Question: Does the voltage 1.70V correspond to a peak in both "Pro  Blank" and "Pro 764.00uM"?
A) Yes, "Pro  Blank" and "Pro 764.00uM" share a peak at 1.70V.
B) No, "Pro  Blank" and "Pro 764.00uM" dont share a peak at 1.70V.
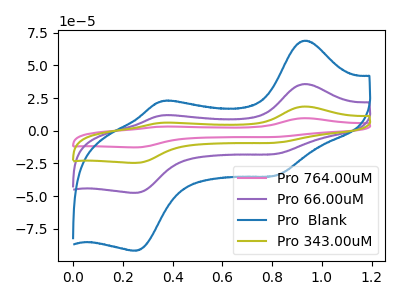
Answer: <think>The pink curve "Pro 764.00uM" has anodic peaks at (0.95V, 107.15uA) (0.35V, 35.10uA) and cathodic peaks at (0.80V, -53.35uA) (0.25V, -142.75uA). The purple curve "Pro 66.00uM" has anodic peaks at (0.95V, 35.70uA) (0.35V, 11.70uA) and cathodic peaks at (0.80V, -17.80uA) (0.25V, -47.60uA). The blue curve "Pro  Blank" has anodic peaks at (0.95V, 68.95uA) (0.35V, 22.55uA) and cathodic peaks at (0.80V, -34.35uA) (0.25V, -91.85uA). The olive curve "Pro 343.00uM" has anodic peaks at (0.95V, 71.45uA) (0.35V, 23.40uA) and cathodic peaks at (0.80V, -35.60uA) (0.25V, -95.20uA).</think>
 <answer>B) No, "Pro  Blank" and "Pro 764.00uM" dont share a peak at 1.70V.</answer>
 <eval>B</eval>